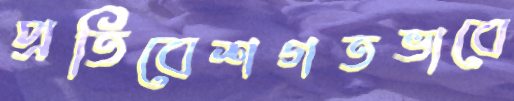
প্রতিবেশগতভাবে